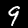
Label: 9